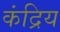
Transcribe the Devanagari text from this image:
कंद्रिय